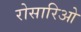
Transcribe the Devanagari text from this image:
रोसारिओ